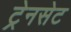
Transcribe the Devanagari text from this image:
ट्रेनसेट